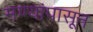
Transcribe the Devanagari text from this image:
मण्यांपासून